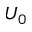
U _ { 0 }